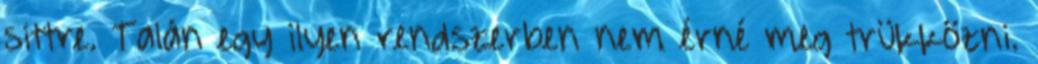
sittre. Talán egy ilyen rendszerben nem érné meg trükközni.